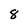
Character: 8